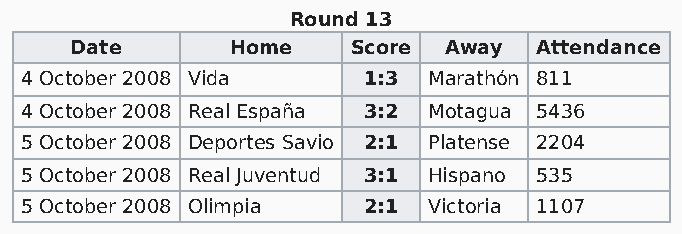
Round 13
 Date      Home    Score Away  Attendance
 4 October 2008 Vida    1:3 Marathón 811
 4 October 2008 Real España 3:2 Motagua 5436
 5 October 2008 Deportes Savio 2:1 Platense 2204
 5 October 2008 Real Juventud 3:1 Hispano 535
 5 October 2008 Olimpia 2:1 Victoria 1107